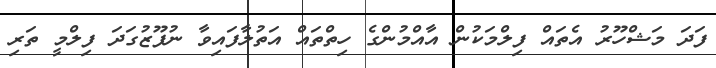
ފަދަ މަޝްހޫރު އެތައް ފިލްމަކުން އާއްމުންގެ ހިތްތައް އަތުލާފައިވާ ނުފޫޒުގަދަ ފިލްމީ ތަރި